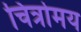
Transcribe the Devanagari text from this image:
चित्रोमय